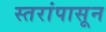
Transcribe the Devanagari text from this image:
स्तरांपासून